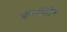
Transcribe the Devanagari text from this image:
चम्पोटोन